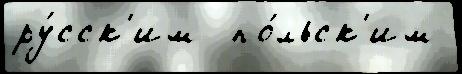
ру́сск'им  по́льск'им